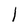
Character: l